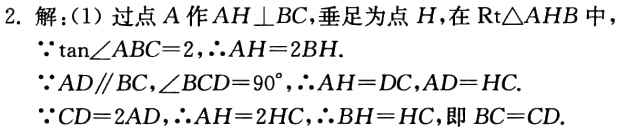
2. 解：(1) 过点\(A\)作\(AH\perp BC\)，垂足为点\(H\)，在\(Rt\triangle AHB\)中

\(\because \tan\angle ABC = 2,\therefore AH = 2BH.\)

\(\because AD\parallel BC,\angle BCD = 90^{\circ},\therefore AH = DC,AD = HC.\)

\(\because CD = 2AD,\therefore AH = 2HC,\therefore BH = HC\)，即\(BC = CD.\)